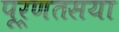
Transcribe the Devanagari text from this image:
पूर्णतसया